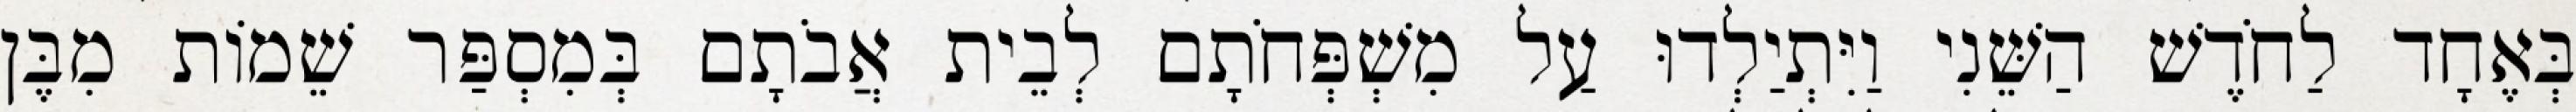
בְּאֶחָד לַחֹדֶשׁ הַשֵּׁנִי וַיִּתְיַלְדוּ עַל מִשְׁפְּחֹתָם לְבֵית אֲבֹתָם בְּמִסְפַּר שֵׁמוֹת מִבֶּן